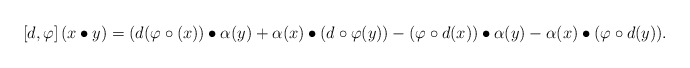
\begin{align*}\left[d, \varphi\right](x\bullet y)=(d(\varphi\circ(x))\bullet\alpha(y)+\alpha(x)\bullet(d\circ\varphi(y))-(\varphi\circ d(x))\bullet\alpha(y)-\alpha(x)\bullet(\varphi\circ d(y)).\end{align*}